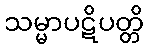
သမ္မာပဋိပတ္တိ